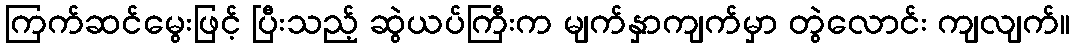
ကြက်ဆင်မွေးဖြင့် ပြီးသည့် ဆွဲယပ်ကြီးက မျက်နှာကျက်မှာ တွဲလောင်း ကျလျက်။